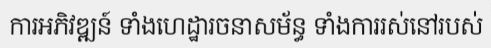
ការអភិវឌ្ឍន៍ ទាំងហេដ្ឋារចនាសម័ន្ធ ទាំងការរស់នៅរបស់